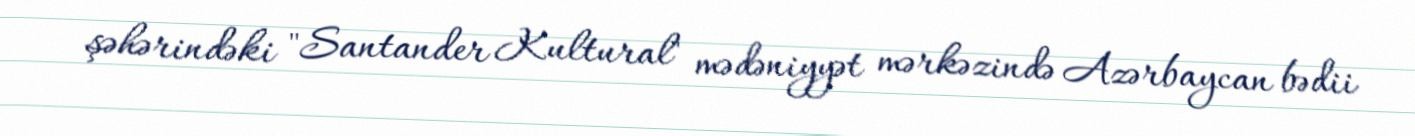
şəhərindəki "Santander Kultural" mədəniyyət mərkəzində Azərbaycan bədii